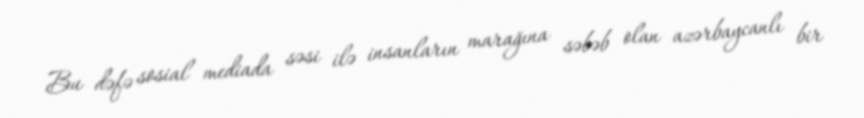
Bu dəfə sosial mediada səsi ilə insanların marağına səbəb olan azərbaycanlı bir